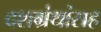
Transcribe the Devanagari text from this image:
दशग्रंथांसह